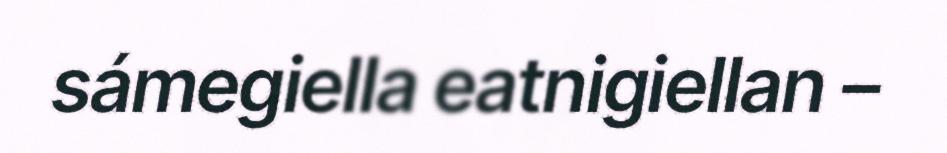
sámegiella eatnigiellan –